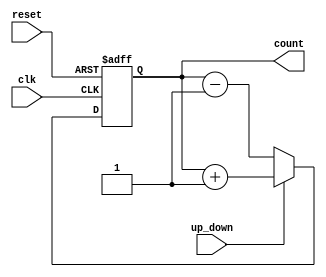
module UpDownCounter (
    input wire clk,
    input wire reset,
    input wire up_down,
    output reg [3:0] count
);

always @(posedge clk or posedge reset)
begin
    if (reset)
        count <= 4'b0000;
    else if (up_down)
        count <= count + 1;
    else
        count <= count - 1;
end

endmodule